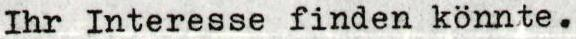
Ihr Interesse finden könnte.